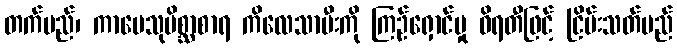
တက်မည်၊ ကာမေသုမိစ္ဆာစာရ ကိလေသာမီးကို ကြဉ်ရှောင်မှု ဝိရတီဖြင့် ငြိမ်းသတ်မည်